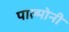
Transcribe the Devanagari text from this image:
पाल्मोनी